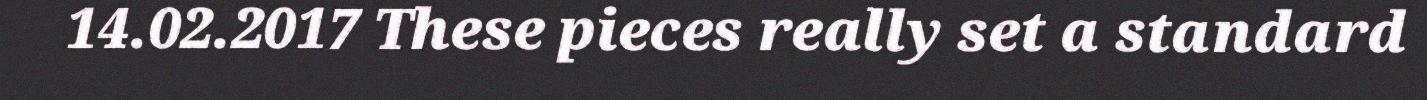
14.02.2017 These pieces really set a standard